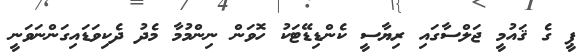
ޕީ ގެ ޤައުމީ ޖަލްސާގައި ރިޔާސީ ކެންޑިޑޭޓަކު ހޮވަން ނިންމުމާ މެދު ދެކިވަޑައިގަންނަވަނީ